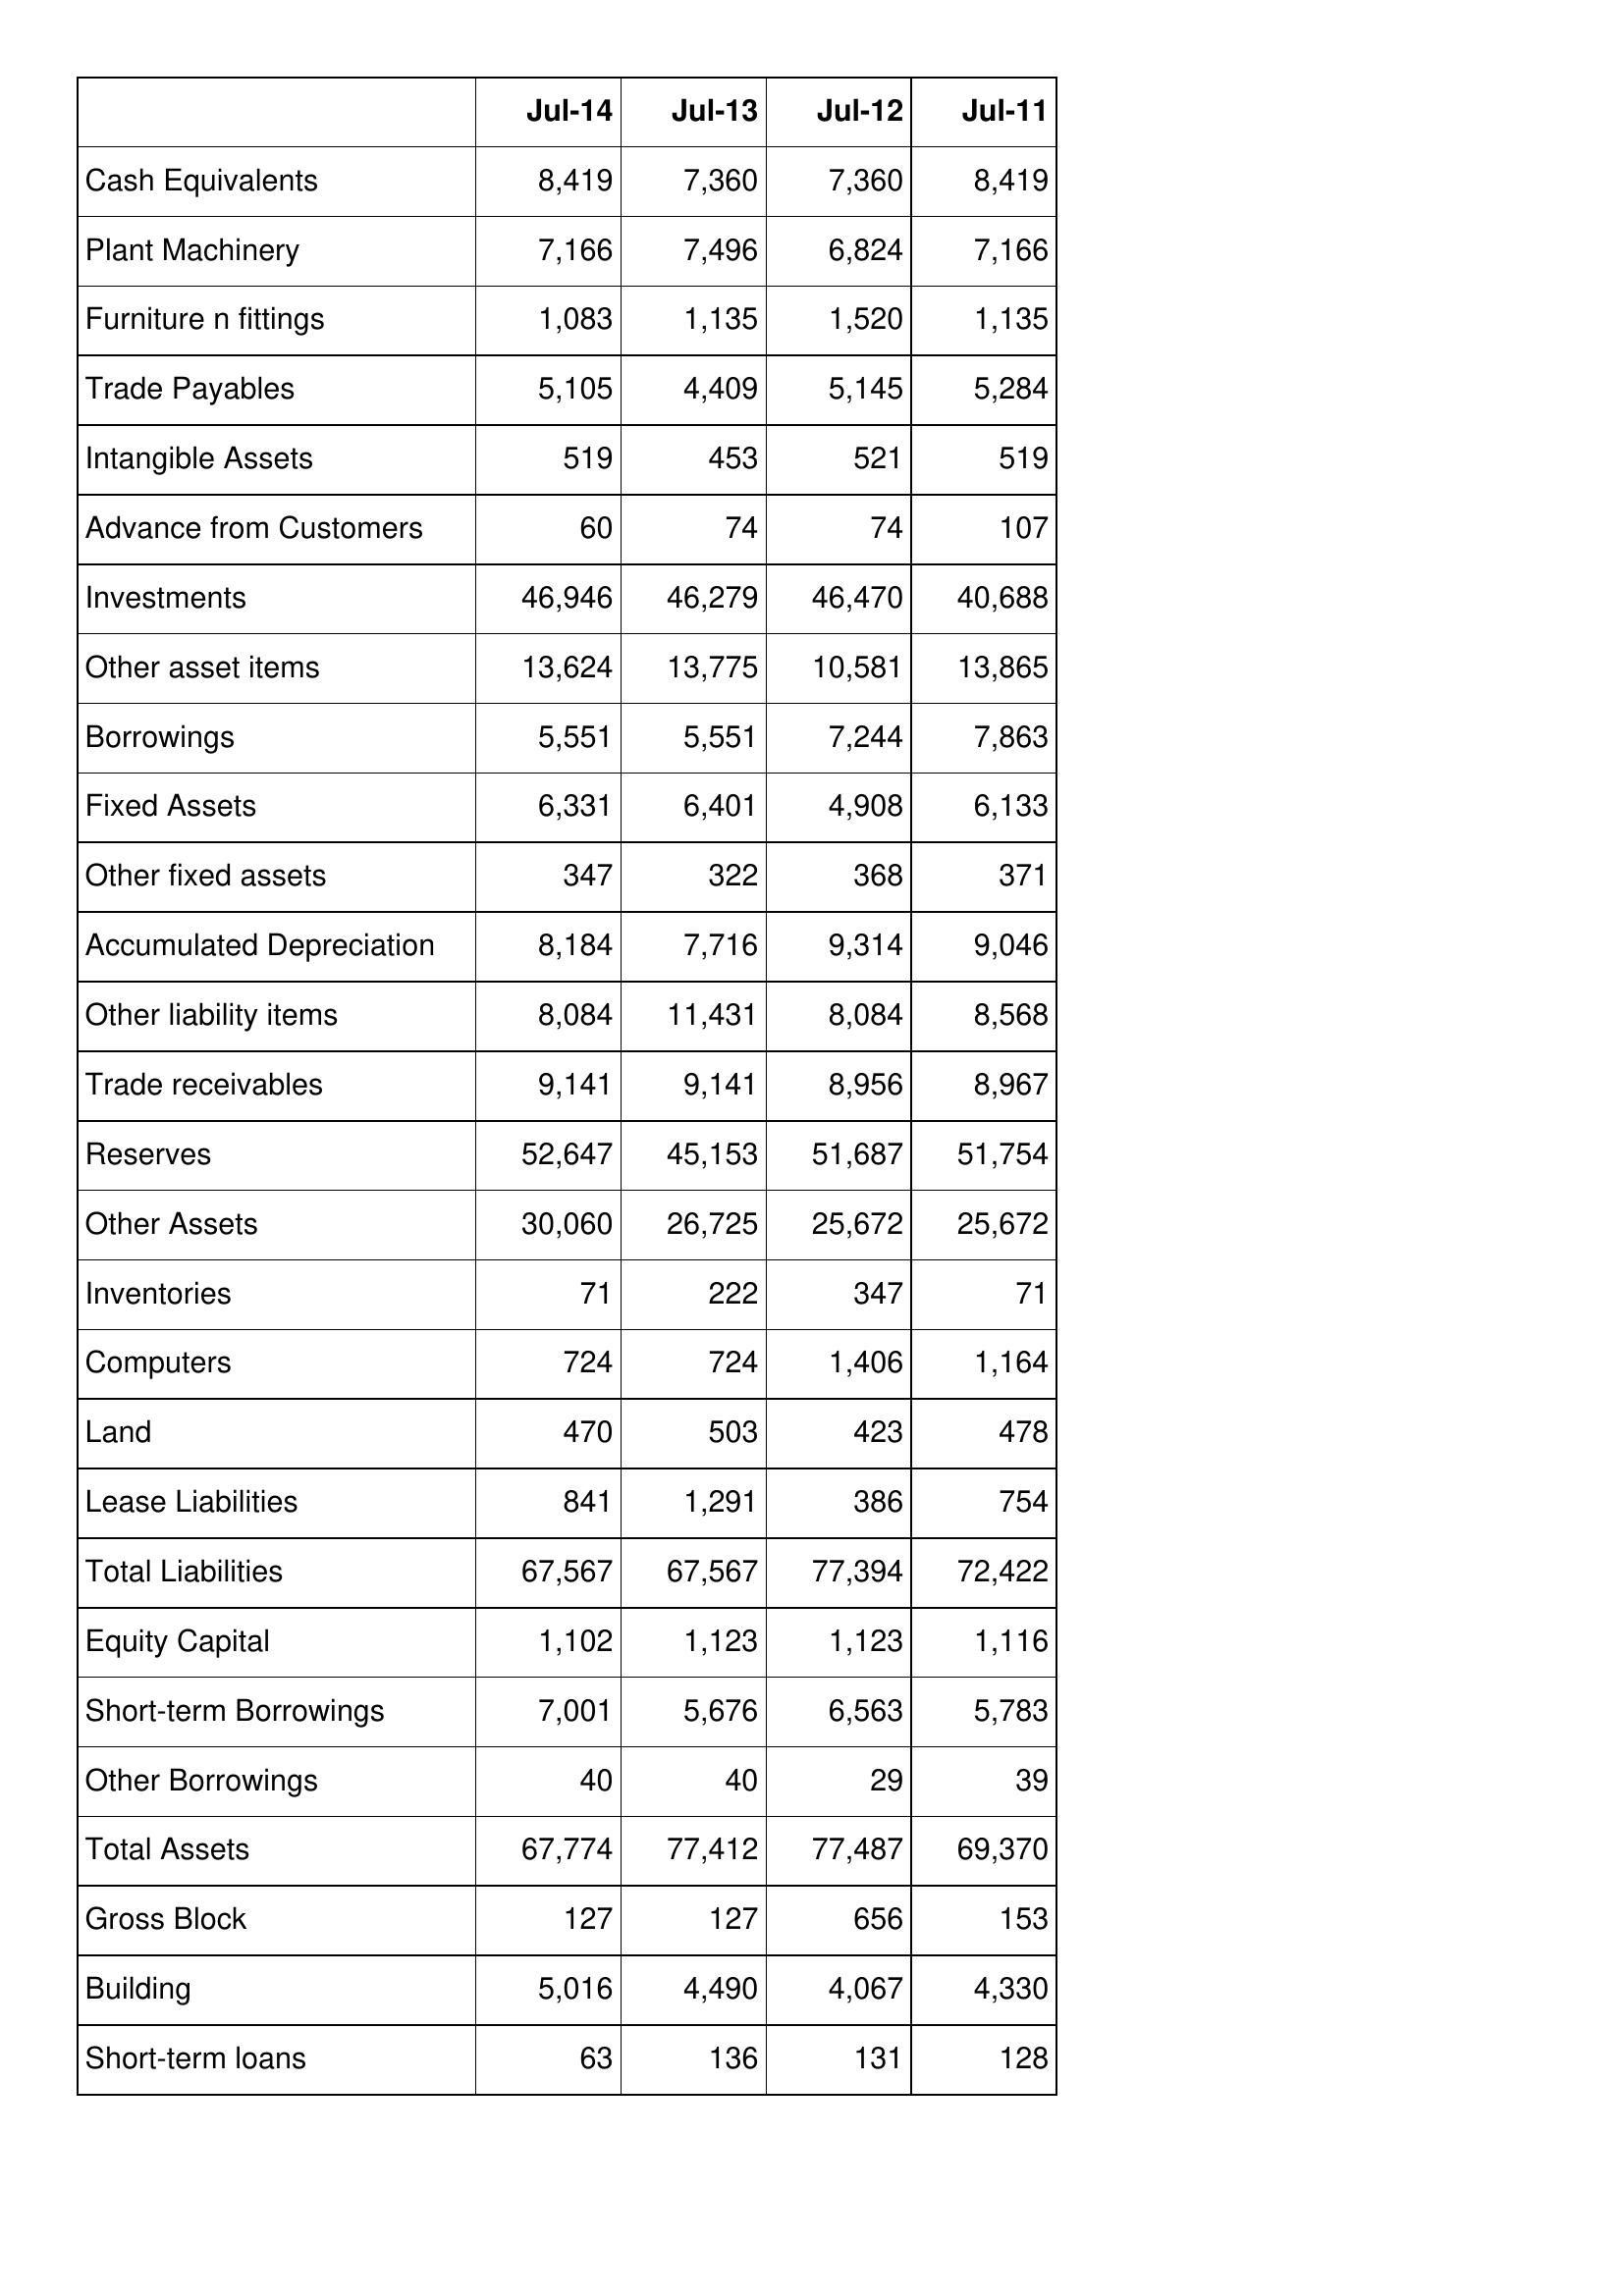
Jul-14: Balance Sheet: Cash Equivalents: 8,419
Plant Machinery: 7,166
Furniture n fittings: 1,083
Trade Payables: 5,105
Intangible Assets: 519
Advance from Customers: 60
Investments: 46,946
Other asset items: 13,624
Borrowings: 5,551
Fixed Assets: 6,331
Other fixed assets: 347
Accumulated Depreciation: 8,184
Other liability items: 8,084
Trade receivables: 9,141
Reserves: 52,647
Other Assets: 30,060
Inventories: 71
Computers: 724
Land: 470
Lease Liabilities: 841
Total Liabilities: 67,567
Equity Capital: 1,102
Short-term Borrowings: 7,001
Other Borrowings: 40
Total Assets: 67,774
Gross Block: 127
Building: 5,016
Short-term loans: 63
Jul-13: Balance Sheet: Cash Equivalents: 7,360
Plant Machinery: 7,496
Furniture n fittings: 1,135
Trade Payables: 4,409
Intangible Assets: 453
Advance from Customers: 74
Investments: 46,279
Other asset items: 13,775
Borrowings: 5,551
Fixed Assets: 6,401
Other fixed assets: 322
Accumulated Depreciation: 7,716
Other liability items: 11,431
Trade receivables: 9,141
Reserves: 45,153
Other Assets: 26,725
Inventories: 222
Computers: 724
Land: 503
Lease Liabilities: 1,291
Total Liabilities: 67,567
Equity Capital: 1,123
Short-term Borrowings: 5,676
Other Borrowings: 40
Total Assets: 77,412
Gross Block: 127
Building: 4,490
Short-term loans: 136
Jul-12: Balance Sheet: Cash Equivalents: 7,360
Plant Machinery: 6,824
Furniture n fittings: 1,520
Trade Payables: 5,145
Intangible Assets: 521
Advance from Customers: 74
Investments: 46,470
Other asset items: 10,581
Borrowings: 7,244
Fixed Assets: 4,908
Other fixed assets: 368
Accumulated Depreciation: 9,314
Other liability items: 8,084
Trade receivables: 8,956
Reserves: 51,687
Other Assets: 25,672
Inventories: 347
Computers: 1,406
Land: 423
Lease Liabilities: 386
Total Liabilities: 77,394
Equity Capital: 1,123
Short-term Borrowings: 6,563
Other Borrowings: 29
Total Assets: 77,487
Gross Block: 656
Building: 4,067
Short-term loans: 131
Jul-11: Balance Sheet: Cash Equivalents: 8,419
Plant Machinery: 7,166
Furniture n fittings: 1,135
Trade Payables: 5,284
Intangible Assets: 519
Advance from Customers: 107
Investments: 40,688
Other asset items: 13,865
Borrowings: 7,863
Fixed Assets: 6,133
Other fixed assets: 371
Accumulated Depreciation: 9,046
Other liability items: 8,568
Trade receivables: 8,967
Reserves: 51,754
Other Assets: 25,672
Inventories: 71
Computers: 1,164
Land: 478
Lease Liabilities: 754
Total Liabilities: 72,422
Equity Capital: 1,116
Short-term Borrowings: 5,783
Other Borrowings: 39
Total Assets: 69,370
Gross Block: 153
Building: 4,330
Short-term loans: 128